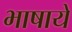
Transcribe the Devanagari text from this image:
भाषाये